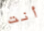
أنت